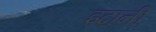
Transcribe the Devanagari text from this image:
इदानीं